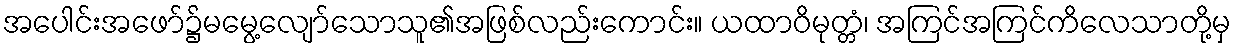
အပေါင်းအဖော်၌မမွေ့လျော်သောသူ၏အဖြစ်လည်းကောင်း။ ယထာဝိမုတ္တံ၊ အကြင်အကြင်ကိလေသာတို့မှ